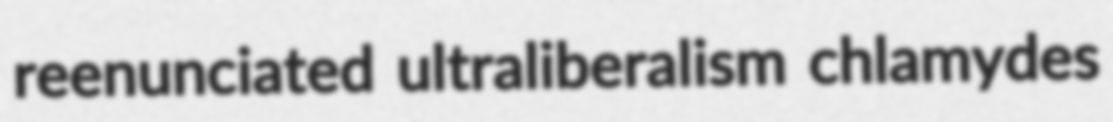
reenunciated ultraliberalism chlamydes